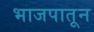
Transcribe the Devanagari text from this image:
भाजपातून